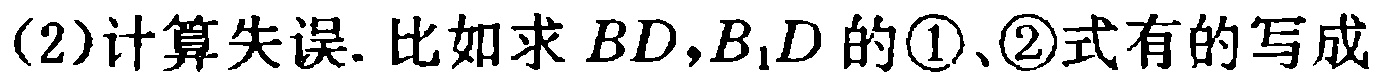
(2)计算失误. 比如求 \(BD,B_{1}D\) 的\textcircled{1}、\textcircled{2}式有的写成